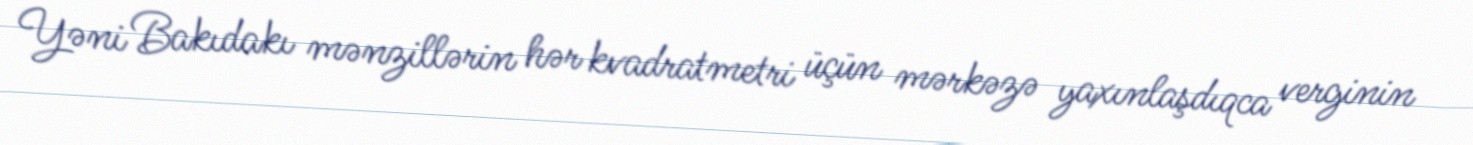
Yəni Bakıdakı mənzillərin hər kvadratmetri üçün mərkəzə yaxınlaşdıqca verginin